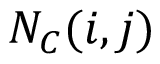
N _ { C } ( i , j )